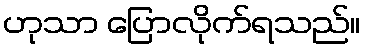
ဟုသာ ပြောလိုက်ရသည်။